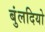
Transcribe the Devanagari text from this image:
बुंलदियो